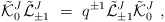
\begin{align*}{\tilde {\cal K}}^J_0 {\tilde {\cal L}}^J_{\pm 1} \ =\ q^{\pm 1}{\tilde {\cal L}}^J_{\pm 1} {\tilde {\cal K}}^J_0 \ ,\end{align*}